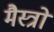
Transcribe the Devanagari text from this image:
मैस्त्रो